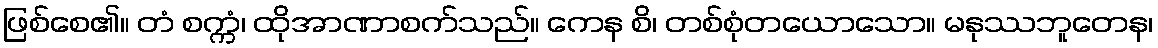
ဖြစ်စေ၏။ တံ စက္ကံ၊ ထိုအာဏာစက်သည်။ ကေန စိ၊ တစ်စုံတယောသော။ မနုဿဘူတေန၊